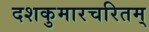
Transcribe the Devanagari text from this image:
दशकुमारचरितम्